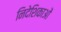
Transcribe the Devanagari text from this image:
निदेशिकाओं